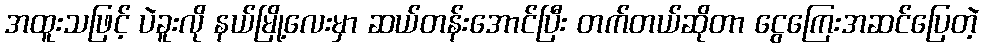
အထူးသဖြင့် ပဲခူးလို နယ်မြို့လေးမှာ ဆယ်တန်းအောင်ပြီး တက်တယ်ဆိုတာ ငွေကြေးအဆင်ပြေတဲ့